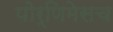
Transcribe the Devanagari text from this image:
पोर्णिमेसच